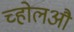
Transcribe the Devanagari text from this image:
च्होलऔ